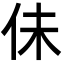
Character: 佅